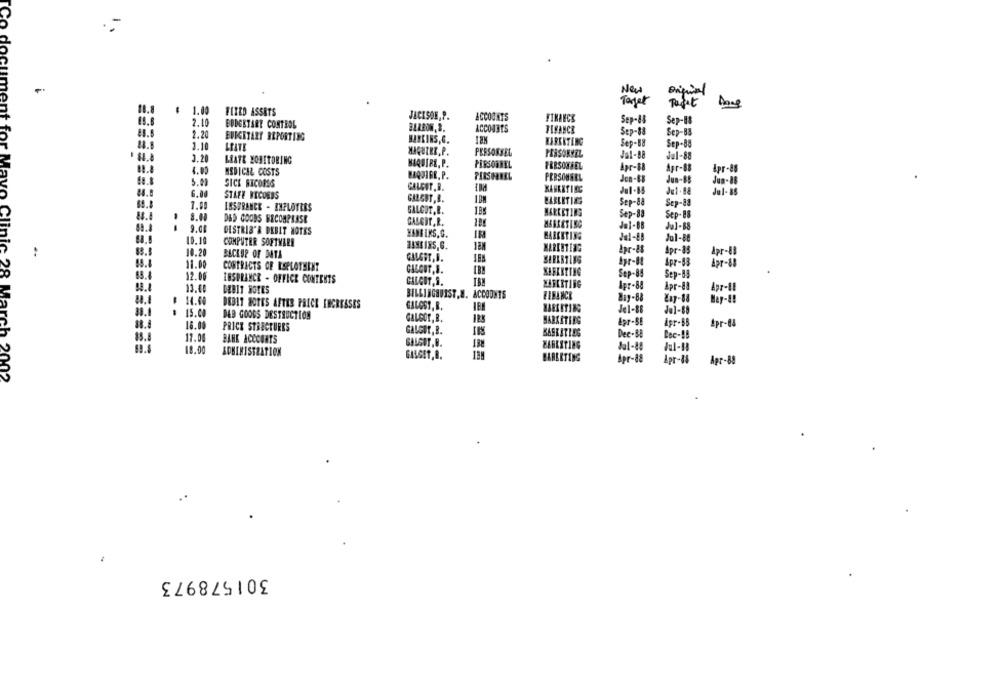
New
Tarjet
Post
1.00
FIXED ASSETS
JACKSON,P.
FINANCE
2.10
ERDESTART CONTROL
Sep-83
Sep-11
BARRON. 3.
ACCOUNTS
FIFANCE
Sep-88
Sep-83
83.8
2.20
BUDGETARY REPORTING
3.10
LEATE
WATKINS,G.
KABERTING
Sep-88
Sep-88
MIQUIER, P.
PERSONSEL
3.20
PERSOKVEL
Jal-88
Jul-88
LEATE HOBITORING
KAQUIRE. P.
PERSONNEL
FRESONSEL
Apr-88
4.00
MEDICAL COSTS
Agr-88
Apr-88
HAQUIBE. P.
PERSONNEL
PERSONNEL
Jen-tB
Jun-85
Jun-88
5.00
SICE SICOMS
CALCIT. B.
6.00
Jul-85
STAFF BECOEDS
GALGUT, B.
BABLITIGE
85.8
7.00
LBSFRANCE - ENFLOTRES
Sep-88
Sep-83
GALGUT. R.
Sep-83
Sep-88
88.8
8.11
D&D GOODS BECOMPBASE
GALGIT, R.
--
9.0
Je1-88
Jul.1
DISTRIB'R DEBIT NOTES
HABEIKS.C.
MARKETING
10.10
COMPUTER SOFTWARE
Jul-86
JEN
Apr-85
..
10.20
BACKUP OF DATA
4pr-11
Apr-63
11.00
CONTRACTS OF ESPLOTHINT
12.06
Sep-88
Sep-B3
INSURANCE - OFFICE CONTENTS
CALGUT, S.
MARKETING
Bpr-88
13.40
CEBIT HOTES
Apr-83
Apr-11
BILLINGHUIST. W. ACCOUNTS
FINANCE
819-88
¥IT-18
14.40
DEBIT HOTES AFTER PRICE INCREASES
GALOST, B.
Jel-88
Je1-88
# 15.00
DEB GOODS DESTRUCTION
GALGOT, B.
88.8
18.00
HARKITING
Apr-68
PRICE STRUCTURES
GALGOT, B.
$5.8
17.00
BANK ACCOUNTS
Dec-88
GALGOT,B.
188
Jal-8:
Jul-H
18.00
ADMINISTRATION
BARERTING
Apr-88
Apr-14
Apr-88
March 2002
301578973